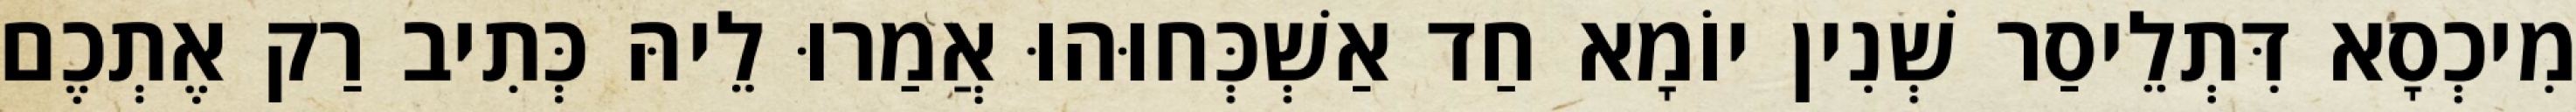
מִיכְסָא דִּתְלֵיסַר שְׁנִין יוֹמָא חַד אַשְׁכְּחוּהוּ אֲמַרוּ לֵיהּ כְּתִיב רַק אֶתְכֶם